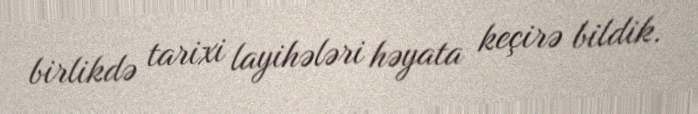
birlikdə tarixi layihələri həyata keçirə bildik.